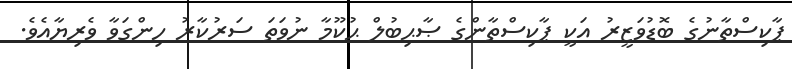
ޕާކިސްތާނުގެ ބޮޑުވަޒީރު އަކީ ޕާކިސްތާންގެ ޞާޙިބުލް ޙުކޫމާ ނުވަތަ ސަރުކާރު ހިންގަވާ ވެރިޔާއެވެ.